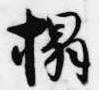
榻